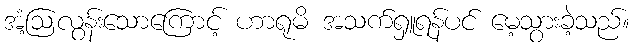
အံ့ဩလွန်းသောကြောင့် ဟာရုမိ အသက်ရှူရန်ပင် မေ့သွားခဲ့သည်။